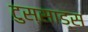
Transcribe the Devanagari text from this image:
टुस्साड्स